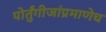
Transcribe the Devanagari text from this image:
पोर्तुंगीजांप्रमाणेच